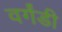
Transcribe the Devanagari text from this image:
वर्गंडी